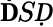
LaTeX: \mathbf ḊSḌ